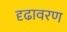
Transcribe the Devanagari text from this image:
दृढावरण